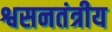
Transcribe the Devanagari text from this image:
श्वसनतंत्रीय